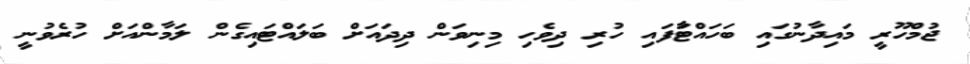
ޖުމްހޫރީ މައިދާނުގައި ބަހައްޓާަފައި ހުރި ދިވެހި މިނިވަން ދިދައަށް ބަލަައްޓައިގެން ލަމާންއަށް ހުރެވުނީ